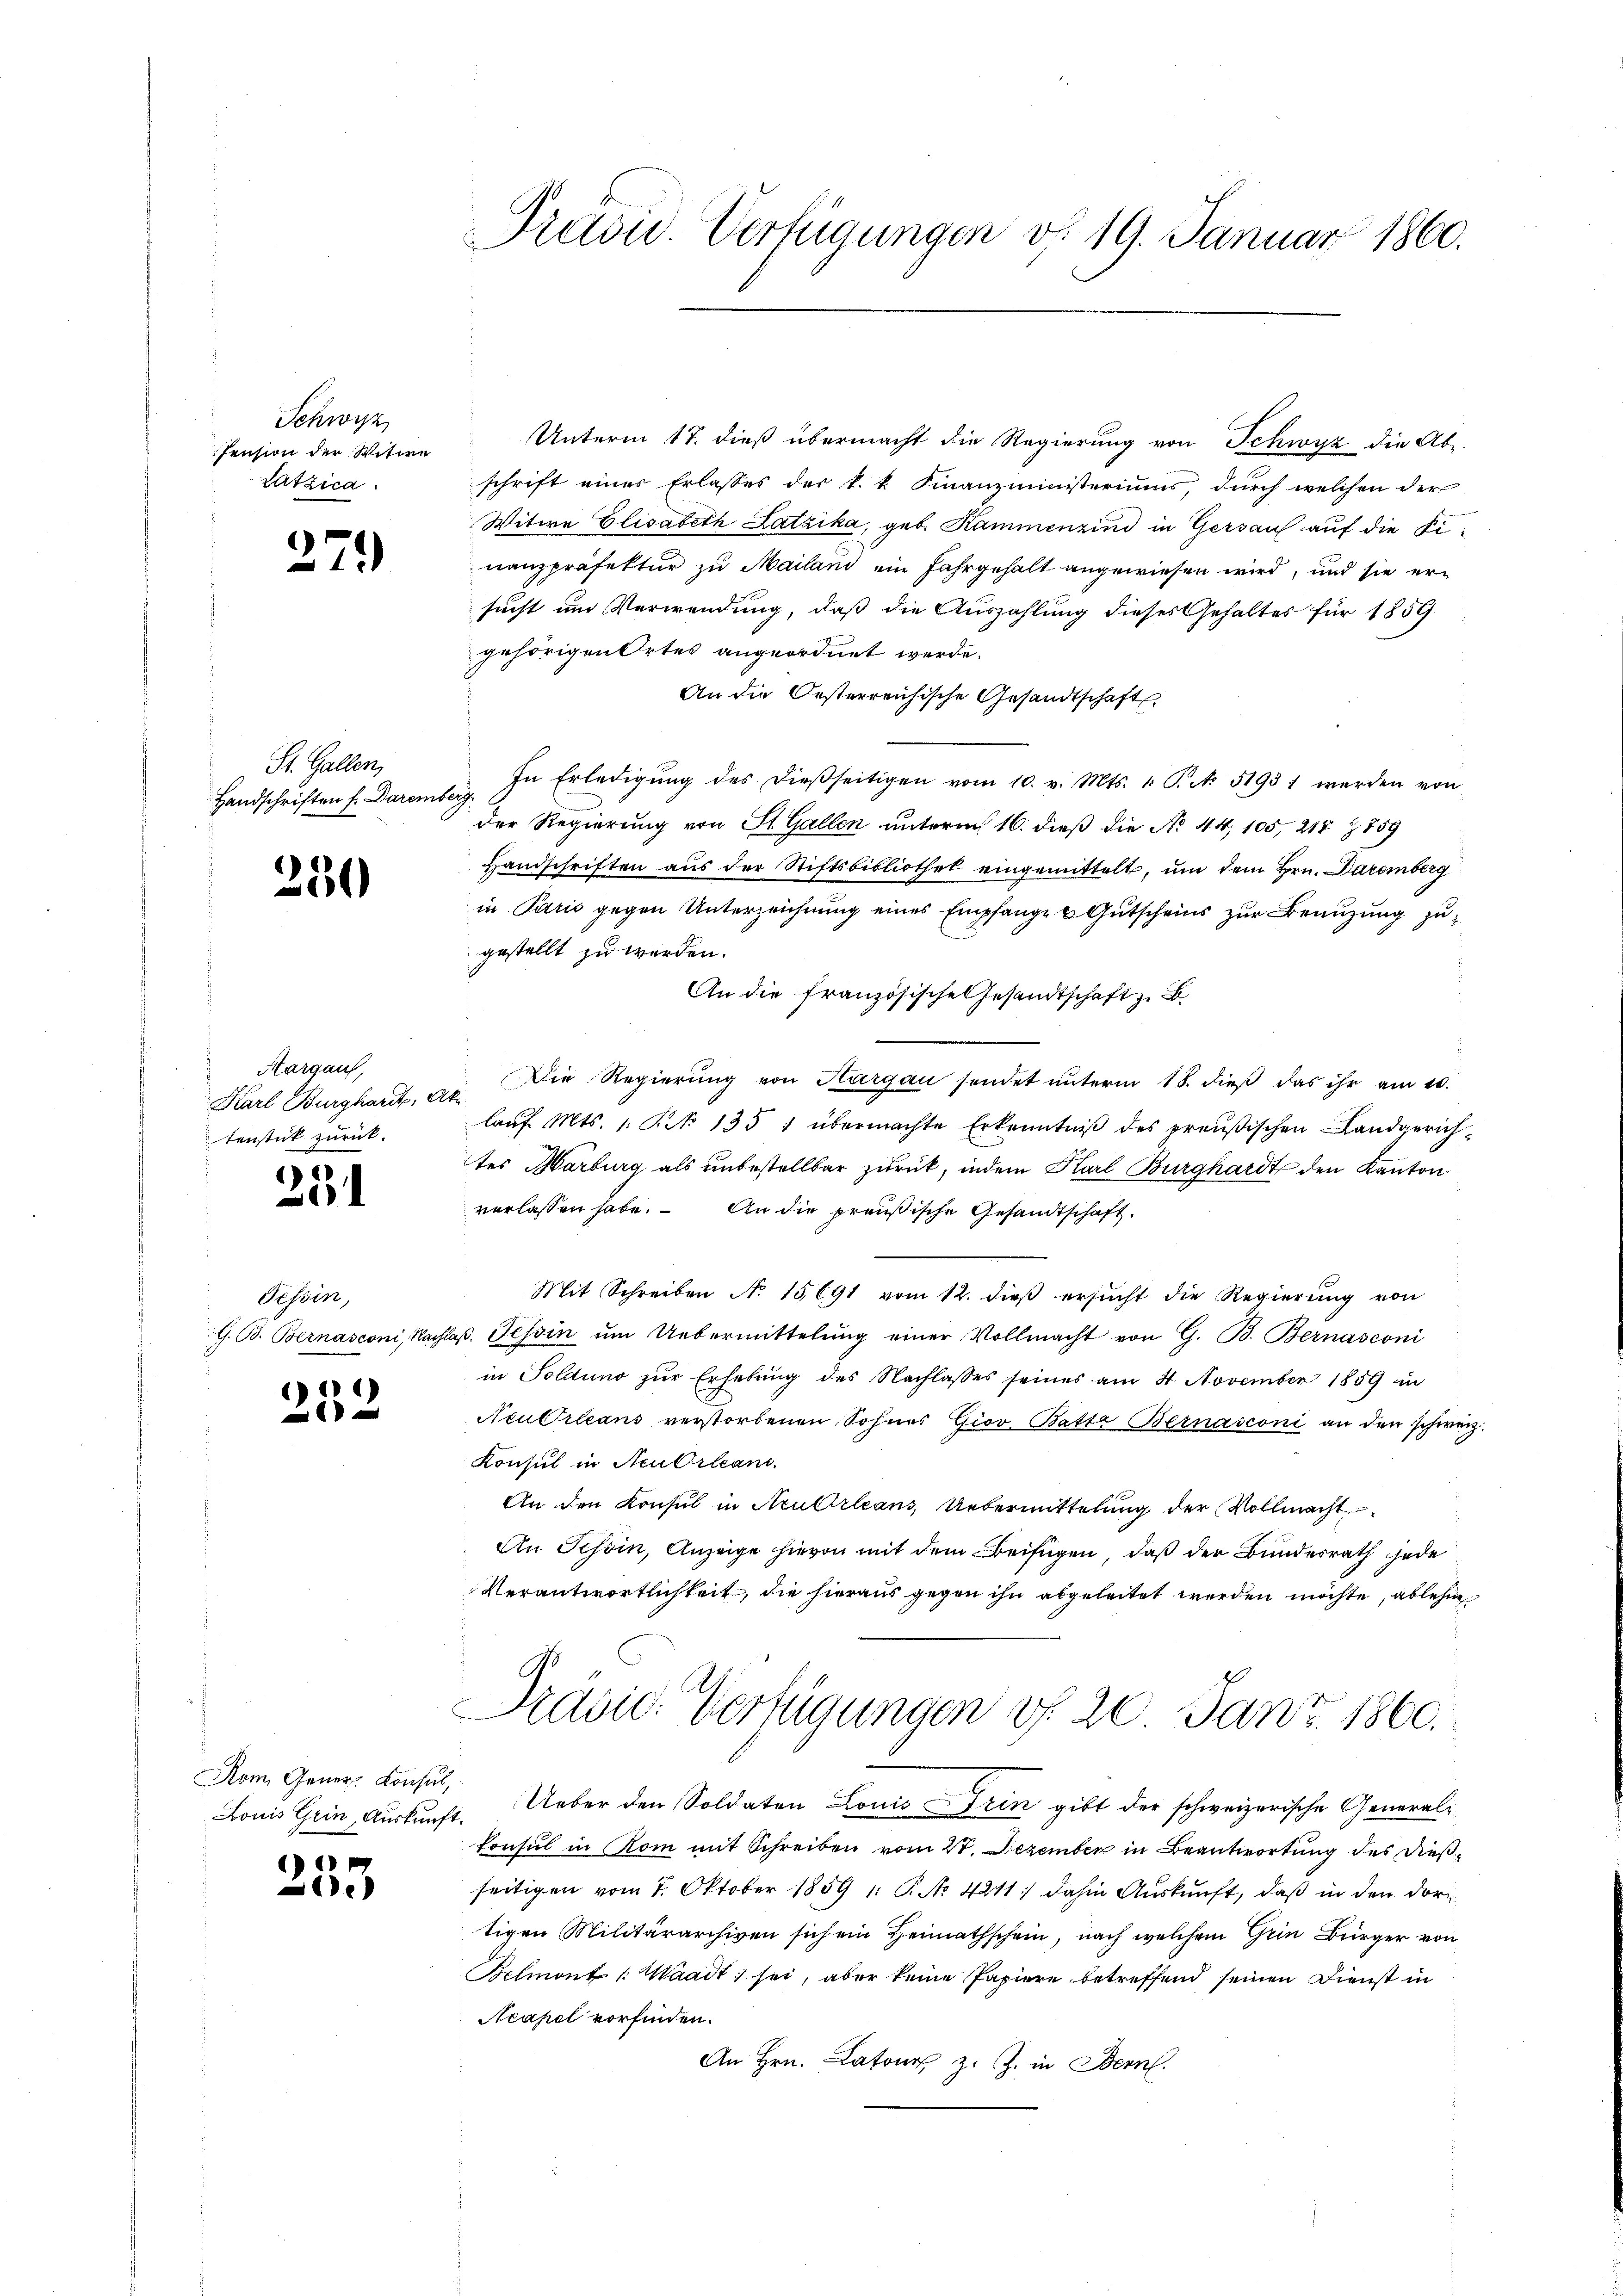
Schwyz
Pension der Witwe
Latzica.

279)

St. Gallen,
Handschriften f. Daremberg.

250

Margaus,
Karl Burghardt,
tenstick zurück.
251

Tessin,

1)

Rom. Gener Konsul,

1
de

Praou. Verfügungen d. 19. Januar 1860.

Unterm 17. dieß übermacht die Regierung von Schwyz die Ab-
schrift einer Erlasses der k. k. Finanzministeriums, durch welchen der
Witwe Elisabeth Latzika, geb. Kammenzind in Gersau auf die Finanzpräfektur zu Mailand ein Jahrgehalt angewiesen wird, und sie er-
sucht um Verwendung, daß die Auszahlung dieses Gehaltes für 1859
gehörigen Ortes angeordnet werde.
An die Oesterreichische Gesandtschaft
In Erledigŭng des dießseitigen vom 10. v. Mts. 1 S. N. 51931 werden von
der Regierung von St. Gallen unterm 16. dieß die No 44, 105, 218 § 159
Handschriften aus der Stiftsbibliothek eingemittelt, um dem Hrn. Daremberg
in Parić gegen Unterzeichnung eines Empfange & Gutscheins zur Benuzung zugestellt zu werden.
An die französische Gesandtschaft z. B.
Die Regierung von Aargau sendet unterm 18. dieß das ihr am 10.
Ot.
laŭf. Mts. 1. Art. 1351 übermachte Erkenntniβ des preußischen Landgerichtes Marburg als unbestellbar zurück, indem Karl Burghardt den Kanton
verlassen habe. An die preußische Gesandtschaft.
Mit Schreiben N. 15691 vom 12. dieβ ersŭcht die Regierŭng von
G. B. Bernasconi, Nachlaβ. Tessin ŭm Uebermittelŭng einer Vollmacht von G. B. Bernasconi
in Soldung zŭr Erhebung des Nachlasses seines am 4 November 1859 in
Neu Orleans verstorbenen Sohnes Giov. Batte Bernasconi an den schweiz.
Konsul in Neu Orlean
An den Konsul in Neukirleans, Uebermittelung der Vollmacht
An Schön, Anzeige hievon mit dem Beifügen, daß der Bundesrath jede
Verantwortlichkeit, die hieraus gegen ihn abgeleitet werden möchte, ablehne
Präsid. Verfügungen d. 20. Janr. 1860.
Louis Grin, Auskunft. Ueber den Soldaten Louis ein gibt der schweizerische Generalkonsul in Rom mit Schreiben vom 27. Dezember in Beantwortung des dießseitigen vom 7. Oktober 1859 1: P. No 4211; dahin Auskunft, daß in den dortigen Militärarchiven sich ein Heimathschein, nach welchem Gein Bürger von
Belmont /: Waadt sei, aber keine Papiere betreffend seinen Dienst in
Neapel vorfinden.
An Hrn. Lator z. Z. in Bern.